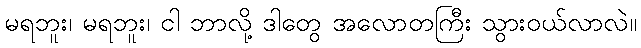
မရဘူး၊ မရဘူး၊ ငါ ဘာလို့ ဒါတွေ အလောတကြီး သွားဝယ်လာလဲ။